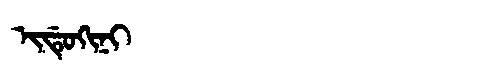
Manchu: ᡳᡩᡠᡴᡳᠨᡳ
Romanization: IDUKINI